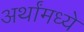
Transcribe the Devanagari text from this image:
अर्थांमध्ये